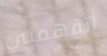
أتفهمني